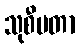
သုစီမတာ